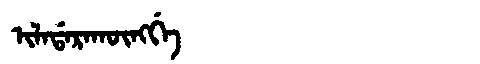
Manchu: ᡳᠯᠠᡩᠠᡵᠠᡴᡡᠩᡤᡝ
Romanization: ILADARAKŪNGGE